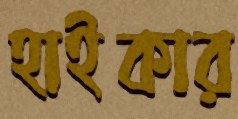
হাইকার